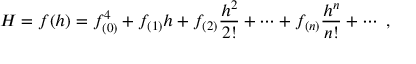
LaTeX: H = f ( h ) = f _ { ( 0 ) } ^ { 4 } + f _ { ( 1 ) } h + f _ { ( 2 ) } \frac { h ^ { 2 } } { 2 ! } + \cdots + f _ { ( n ) } \frac { h ^ { n } } { n ! } + \cdots \ ,